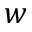
w